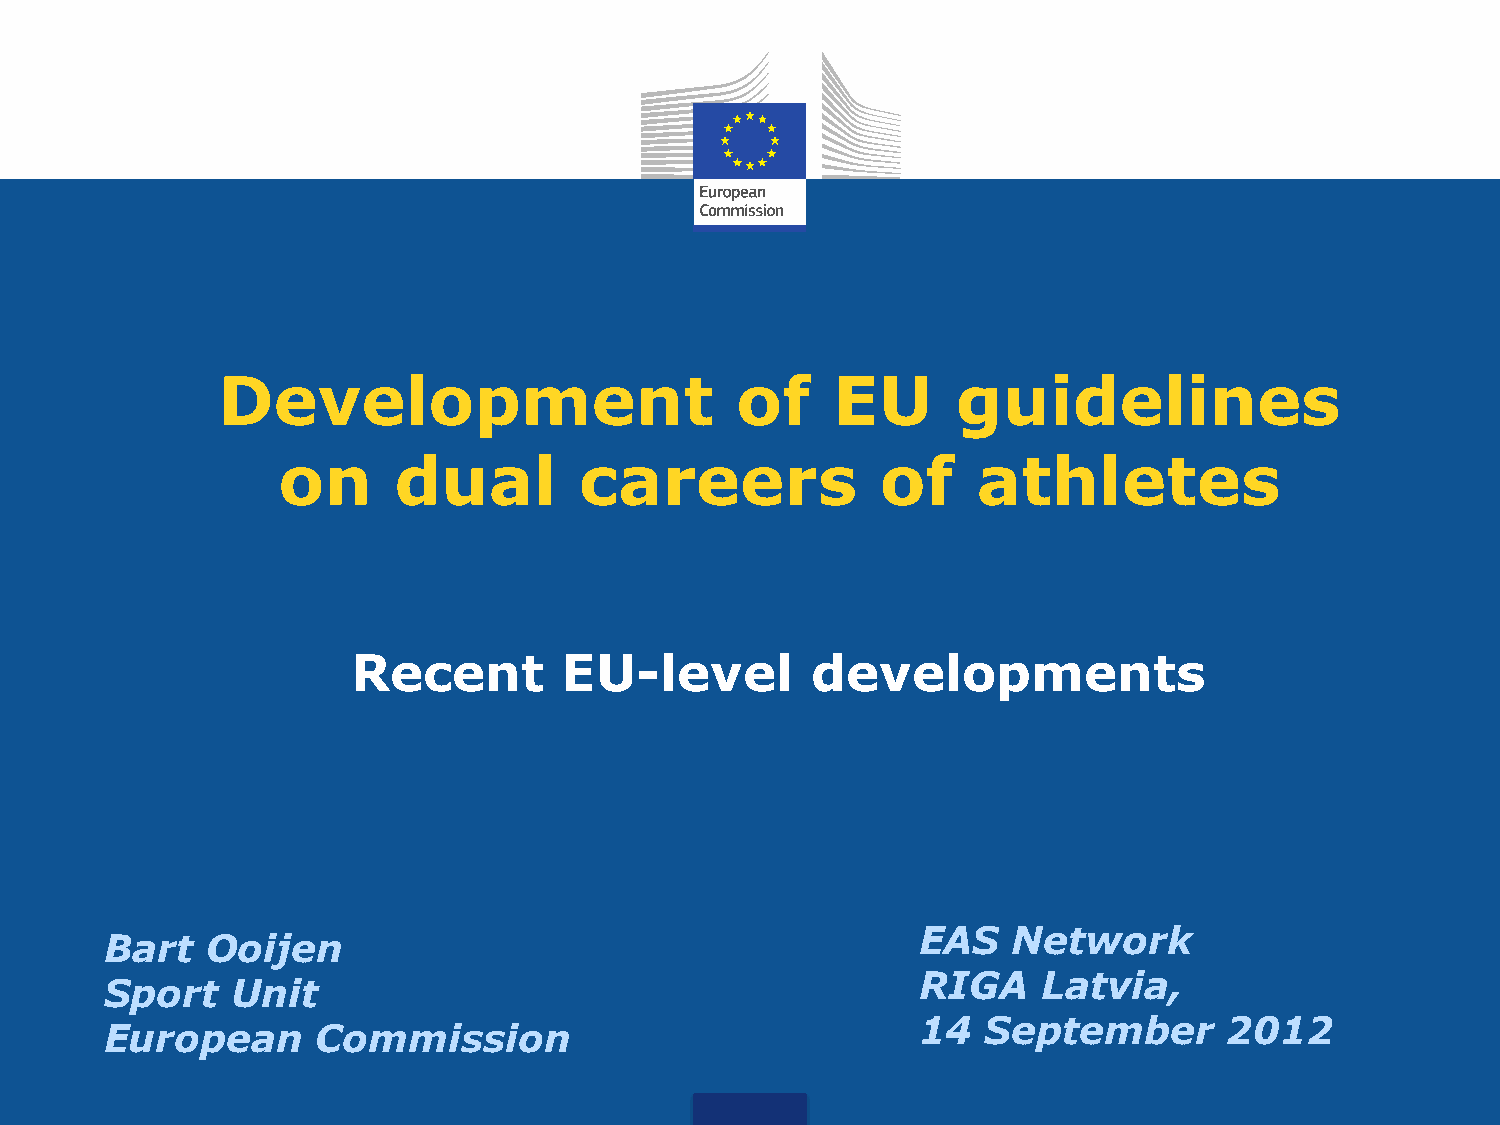
Development                        of    EU      guidelines
 on      dual        careers             of     athletes
 Recent        EU-level         developments
 EAS   Network
 Bart   Ooijen
 RIGA    Latvia,
 Sport   Unit
 14  September       2012
 European      Commission